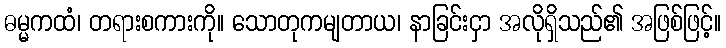
ဓမ္မကထံ၊ တရားစကားကို။ သောတုကမျတာယ၊ နာခြင်းငှာ အလိုရှိသည်၏ အဖြစ်ဖြင့်။